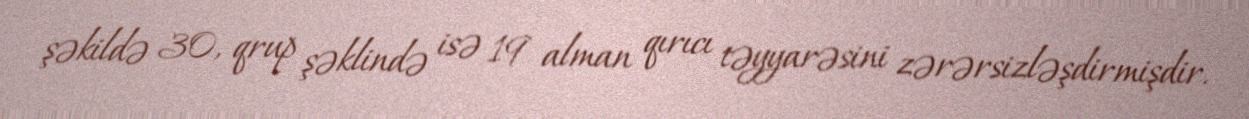
şəkildə 30, qrup şəklində isə 19 alman qırıcı təyyarəsini zərərsizləşdirmişdir.